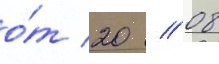
о́т 20 // 08